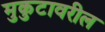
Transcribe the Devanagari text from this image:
मुकुटावरील